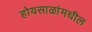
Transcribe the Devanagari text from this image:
होयसाळांमधील